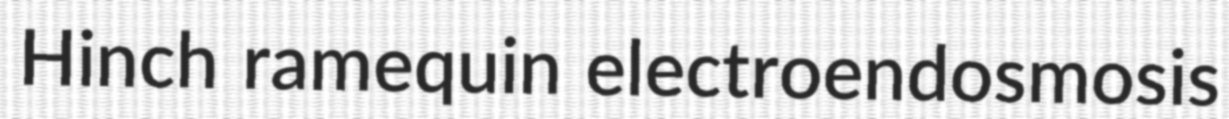
Hinch ramequin electroendosmosis